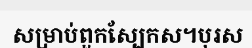
សម្រាប់ពួកស្បែកស។បុរស